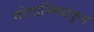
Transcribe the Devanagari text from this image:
गोल्डस्मिथकृत